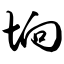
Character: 垧